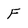
Character: F